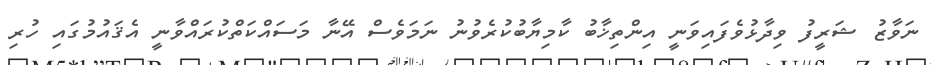
ނަވާޒު ޝަރީފު ވިދާޅުވެފައިވަނީ އިންތިޚާބު ކާމިޔާބުކުރެވުނު ނަމަވެސް އޭނާ މަސައްކަތްކުރައްވާނީ އެޤައުމުގައި ހުރި